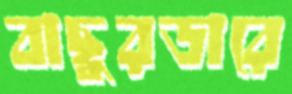
বাছুরডারে